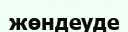
жөндеуде